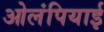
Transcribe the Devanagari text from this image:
ओलंपियाई